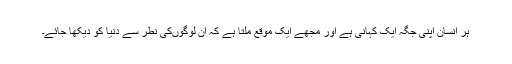
ہر انسان اپنی جگہ ایک کہانی ہے اور مجھے ایک موقع ملتا ہے کہ ان لوگوں‌کی نطر سے دنیا کو دیکھا جائے۔